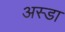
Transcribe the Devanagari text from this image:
अस्डा